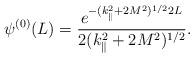
LaTeX: \begin{align*} \psi^{(0)}(L)=\frac{ e^{-(k_{\|}^2+2 M^2)^{1/2} 2 L} }{ 2 (k_{\|}^2+2 M^2)^{1/2} }.\end{align*}